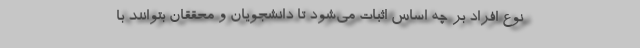
نوع افراد بر چه اساس اثبات می‌شود تا دانشجویان و محققان بتوانند با